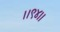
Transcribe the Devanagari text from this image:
।।९४।।